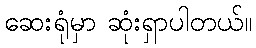
ဆေးရုံမှာ ဆုံးရှာပါတယ်။